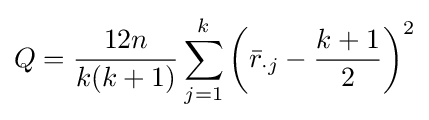
Q={\frac {12n}{k(k+1)}}\sum _{j=1}^{k}\left({\bar {r}}_{\cdot j}-{\frac {k+1}{2}}\right)^{2}